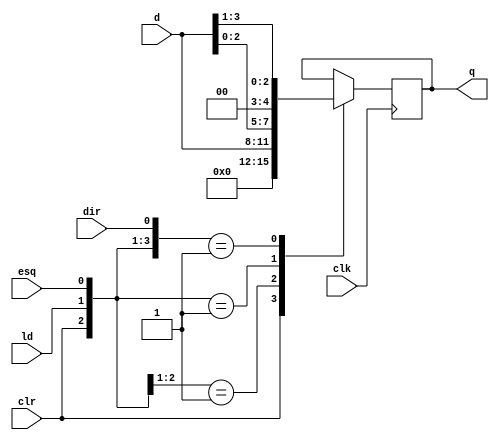
module regDeslocamento (d, clk, clr, ld, esq, dir, q);

	input [3:0] d;
	input clk, clr, ld, esq, dir;
	output reg [3:0] q;
	
	initial begin
		q = 4'b0000;
	end
	
	always @(negedge clk) begin
	
		casex ({clr,ld,esq,dir})
		
			4'b1xxx: q = 4'b0000;
			4'b01xx: q = d;
			4'b001x: q = d << 4'd1; //esquerda tem prioridade
			4'b0001: q = d >> 4'd1;
		
		endcase
	
	end

endmodule